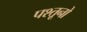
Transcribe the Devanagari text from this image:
पश्तूनो